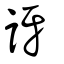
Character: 訝